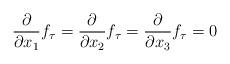
LaTeX: \begin{align*}\frac{\partial}{\partial x_1}f_\tau =\frac{\partial}{\partial x_2}f_\tau=\frac{\partial}{\partial x_3}f_\tau=0\end{align*}